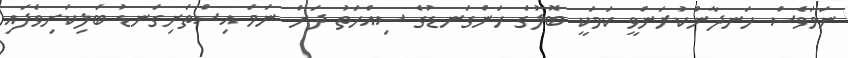
ނަމަވެސް ހަނދާންކުރަންވީ ކަމަކީ ބޮލުގެ ހަންގަނޑުގެ ސިއްހަތު ދަށް ނަމަ އިސްތަށިގަނޑު ބަލިކަށިވެފައި